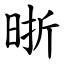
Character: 晣